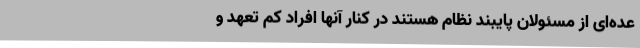
عده‌ای از مسئولان پایبند نظام هستند در کنار آنها افراد کم تعهد و